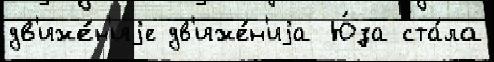
дв'иже́н'иjе дв'иже́н'иjа Ю́за ста́ла